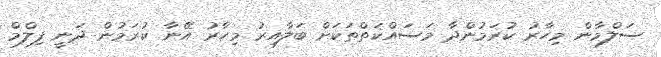
ސަލްމާން މިހާރު ކުރަމުންދާ މަސައްކަތްތަކަށް ބަލާއިރު މިހާރު އޭނާ ކުރަމުން ދަނީ ފިލްމް